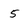
Character: 5